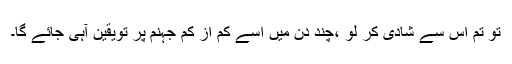
تو تم اس سے شادی کر لو ،چند دن میں اسے کم از کم جہنم پر تویقین آہی جائے گا۔